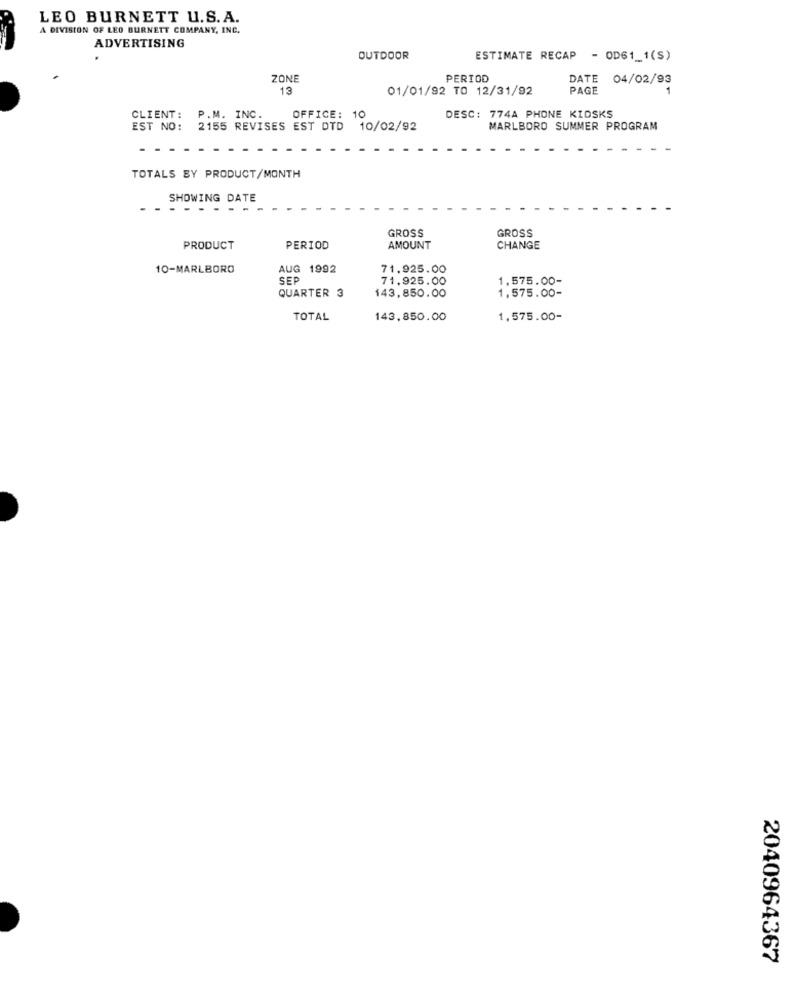
LEO BURNETT U.S. A.
A DIVISION OF LEO BURNETT COMPANY, INC.
ADVERTISING
OUTDOOR
ESTIMATE RECAP - OD61_1(S)
ZONE
PERIOD
DATE 04/02/93
13
01/01/92 TO 12/31/92
PAGE
1
CLIENT:
P.M. INC.
OFFICE: 10
DESC: 774A PHONE KIDSKS
EST NO:
2155 REVISES EST DTD 10/02/92
MARLBORO SUMMER PROGRAM
TOTALS BY PRODUCT/MONTH
SHOWING DATE
-
......
GROSS
GROSS
PRODUCT
PERIOD
AMOUNT
CHANGE
10-MARLBORO
AUG 1992
71.925.00
SEP
71,925.00
1,575.00-
1,575.00-
QUARTER 3
143,850.00
TOTAL
143,850.00
1,575.00-
2040964367